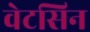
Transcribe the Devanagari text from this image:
वेटसिन